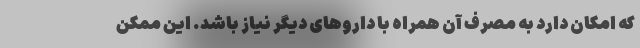
که امکان دارد به مصرف آن همراه با داروهای دیگر نیاز باشد. این ممکن